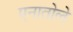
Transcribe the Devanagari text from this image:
एनातोले